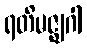
ရတိမဇ္ဈဂါ